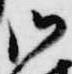
御